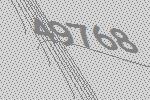
49768